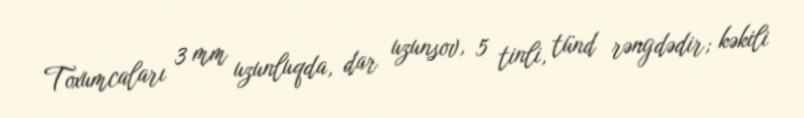
Toxumcaları 3 mm uzunluqda, dar uzunsov, 5 tinli, tünd rəngdədir; kəkili